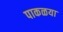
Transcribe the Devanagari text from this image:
पाकळया